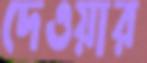
দেওয়ার